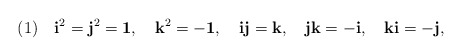
\begin{align*}(1) \quad {\mbox{\bf{i}}}^2={\mbox{\bf{j}}}^2={\mbox{\bf{1}}}, \quad {\mbox{\bf{k}}}^2= -{\mbox{\bf{1}}}, \quad {\mbox{\bf{i}}}{\mbox{\bf{j}}}={\mbox{\bf{k}}}, \quad {\mbox{\bf{j}}}{\mbox{\bf{k}}}=-{\mbox{\bf{i}}}, \quad {\mbox{\bf{k}}}{\mbox{\bf{i}}}=-{\mbox{\bf{j}}}, \end{align*}